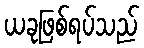
ယခုဖြစ်ရပ်သည်